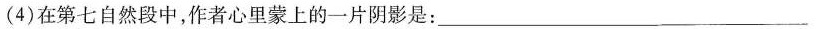
(4)在第七自然段中，作者心里蒙上的一片是：_____________。